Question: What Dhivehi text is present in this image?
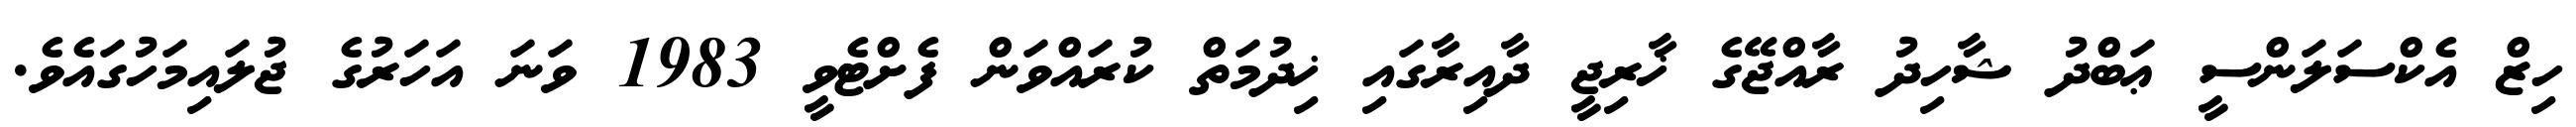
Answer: ހިޒް އެކްސަލަންސީ ޢަބްދު ޝާހިދު ރާއްޖޭގެ ޚާރިޖީ ދާއިރާގައި ޚިދުމަތް ކުރައްވަން ފެށްޓެވީ 1983 ވަނަ އަހަރުގެ ޖުލައިމަހުގައެވެ.